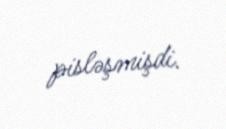
pisləşmişdi.